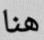
هنا